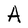
Character: A